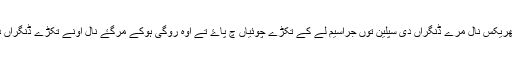
کوخ کول ایس روگ پاروں کھوج لگان لئی کوئی سائینسی اوزار نین سن اونے اینتھریکس نال مرے ڈنگراں دی سپلین توں جراسیم لے کے تکڑے چوئیاں چ پاۓ تے اوہ روگی ہوکے مرگۓ نال اونے تکڑے ڈنگراں دی سپلین توں لعو لے کے تکڑے چوئیاں چ پایا پر اوناں نوں کوئی روگ ناں لگیا۔